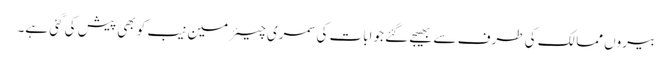
بیروں ممالک کی طرف سے بھیجے گئے جوابات کی سمری چیئرمین نیب کو بھی پیش کی گئی ہے۔